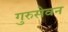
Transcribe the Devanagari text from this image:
गुरुसेवन